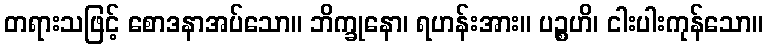
တရားသဖြင့် စောဒနာအပ်သော။ ဘိက္ခုနော၊ ရဟန်းအား။ ပဉ္စဟိ၊ ငါးပါးကုန်သော။